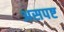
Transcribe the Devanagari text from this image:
असपष्ट